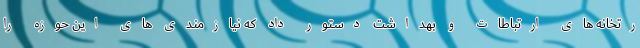
رتخانه های ارتباطات و بهداشت دستور داد که نیازمندی های این حوزه را